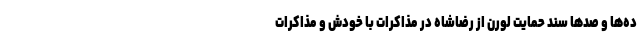
ده‌ها و صدها سند حمایت لورن از رضاشاه در مذاکرات با خودش و مذاکرات